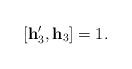
LaTeX: \begin{align*}[\mathbf{h}'_3,\mathbf{h}_3] =1.\end{align*}